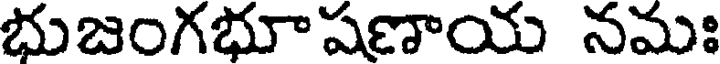
భుజంగభూషణాయ నమః